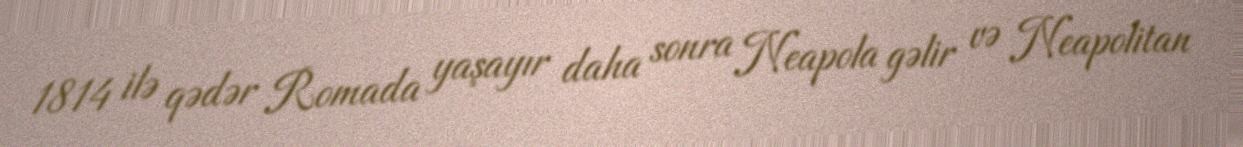
1814 ilə qədər Romada yaşayır daha sonra Neapola gəlir və Neapolitan